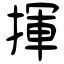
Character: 揮